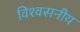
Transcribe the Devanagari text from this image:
विश्‍वसनीय